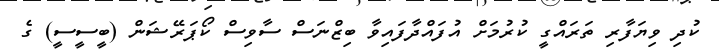
ކުދި ވިޔަފާރި ތަރައްގީ ކުރުމަށް އުފައްދާފައިވާ ބިޒްނަސް ސާވިސް ކޯޕަރޭޝަން (ބީސީސީ) ގެ